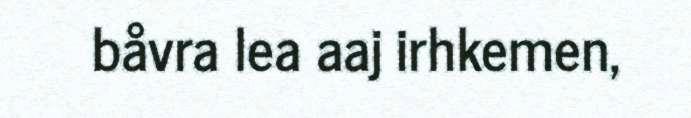
båvra lea aaj irhkemen,